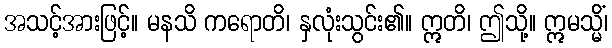
အသင့်အားဖြင့်။ မနသိ ကရောတိ၊ နှလုံးသွင်း၏။ ဣတိ၊ ဤသို့။ ဣမသ္မိံ၊